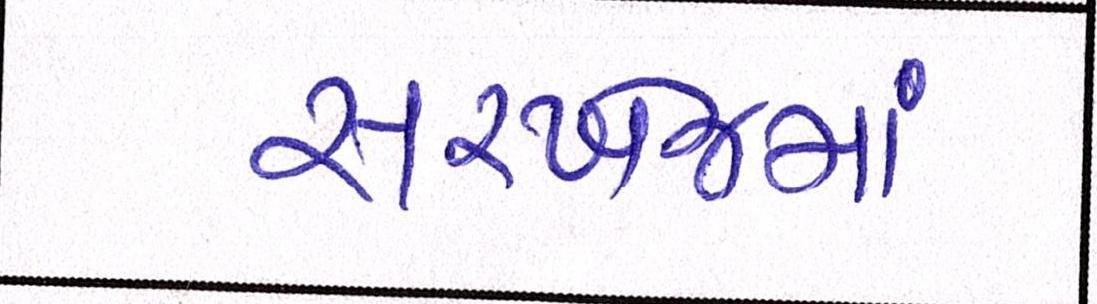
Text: સરખેજમાં